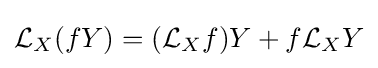
{\mathcal {L}}_{X}(fY)=({\mathcal {L}}_{X}f)Y+f{\mathcal {L}}_{X}Y